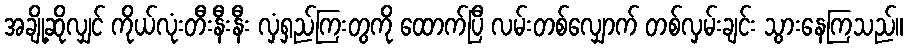
အချို့ဆိုလျှင် ကိုယ်လုံးတီးနီးနီး လှံရှည်ကြးတွကို ထောက်ပြီ လမ်းတစ်လျှောက် တစ်လှမ်းချင်း သွားနေကြသည်။